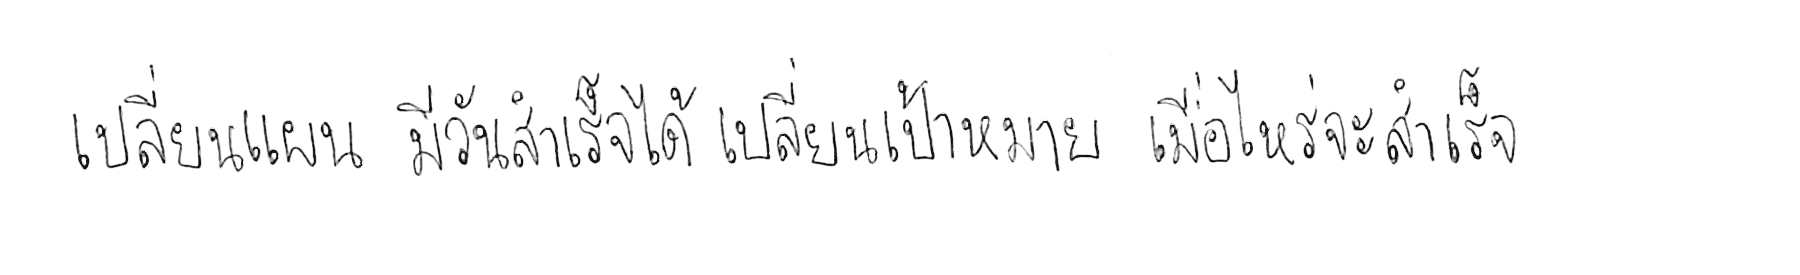
เปลี่ยนแผน มีวันสำเร็จได้ เปลี่ยนเป้าหมาย เมื่อไหร่จะสำเร็จ